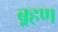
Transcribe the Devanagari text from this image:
ब़्रहण